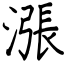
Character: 漲